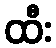
ထီး